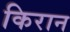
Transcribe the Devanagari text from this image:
किरान